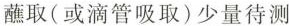
蘸取(或滴管吸取)少量待测